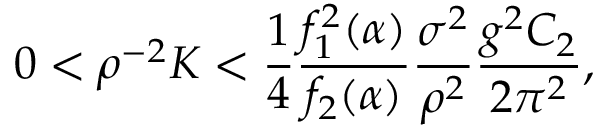
0 < \rho ^ { - 2 } K < { \frac { 1 } { 4 } } { \frac { f _ { 1 } ^ { 2 } ( \alpha ) } { f _ { 2 } ( \alpha ) } } { \frac { \sigma ^ { 2 } } { \rho ^ { 2 } } } { \frac { g ^ { 2 } C _ { 2 } } { 2 \pi ^ { 2 } } } ,